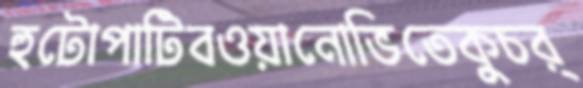
হুটোপাটিবওয়ানোভিতেকুচর্